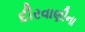
દીરવાણીના